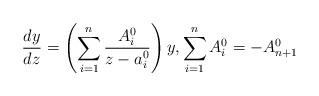
LaTeX: \begin{align*}\frac{dy}{dz}=\left(\sum\limits_{i=1}^n\frac{A_i^0}{z-a_i^0}\right)y,\sum\limits_{i=1}^n A_i^0=-A^0_{n+1}\end{align*}